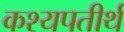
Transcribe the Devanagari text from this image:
कश्यपतीर्थ